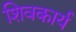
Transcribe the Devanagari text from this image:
शिवकार्य